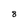
Character: 8